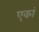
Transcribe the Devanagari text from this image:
एकां